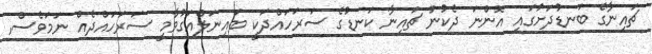
ޗައިނާގެ ބަނޑުދަށުގައި އޮންނަ ދެކުނު ޗައިނާ ކަނޑުގެ ސަރަހައްދަކީ ބައިނަލްއަގުވާމީ ސަރަހައްދެއް ނަމަވެސް